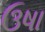
ઉષા